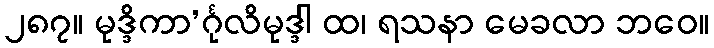
၂၈၇။ မုဒ္ဒိကာ’င်္ဂုလိမုဒ္ဒါ ထ၊ ရသနာ မေခလာ ဘဝေ။